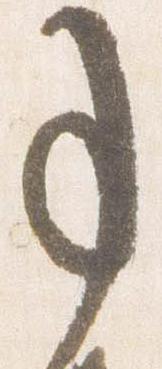
事